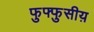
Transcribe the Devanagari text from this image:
फुफ्फुसीय़